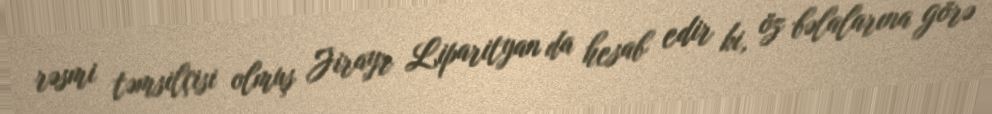
rəsmi təmsilçisi olmuş Jirayr Liparityan da hesab edir ki, öz bəlalarına görə